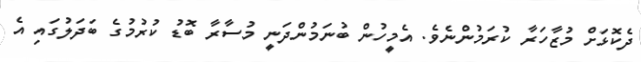
ދެކޮޅަށް މުޒާހަރާ ކުރަމުންނެވެ. އެމީހުން ބުނަމުންދަނީ މުސާރާ ބޮޑު ކުރުމުގެ ބަދަލުގައި އެ